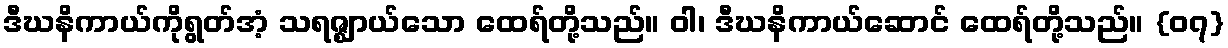
ဒီဃနိကာယ်ကိုရွတ်အံ့ သရဇ္ဈာယ်သော ထေရ်တို့သည်။ ဝါ၊ ဒီဃနိကာယ်ဆောင် ထေရ်တို့သည်။ {၀၇}